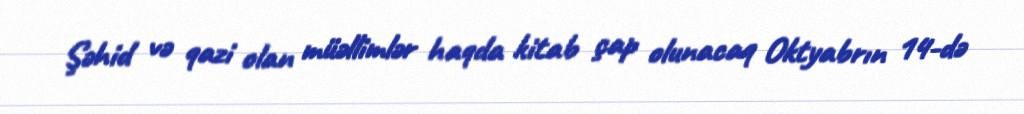
Şəhid və qazi olan müəllimlər haqda kitab çap olunacaq Oktyabrın 14-də